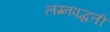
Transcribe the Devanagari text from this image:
लग्नपद्धती